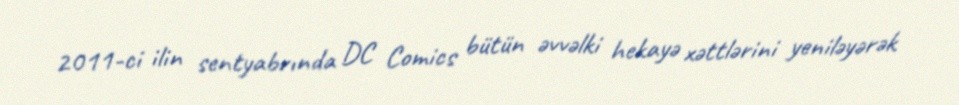
2011-ci ilin sentyabrında DC Comics bütün əvvəlki hekayə xəttlərini yeniləyərək